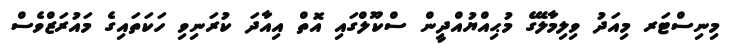
މިނިސްޓަރ މިއަދު ވިލިމާލޭގެ މުޙިއްޔުއްދީން ސްކޫލްގައި އޮތް އިއާދަ ކުރަނިވި ހަކަތައިގެ މައުރަޒްވެސް